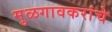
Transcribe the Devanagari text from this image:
मुळगावकरांचे